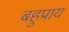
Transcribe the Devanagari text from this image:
बहुप्राय